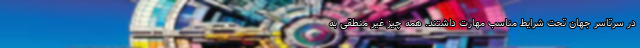
در سرتاسر جهان تحت شرایط مناسب مهارت داشتند. همه چیز غیر منطقی به